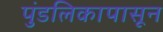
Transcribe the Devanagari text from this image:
पुंडलिकापासून